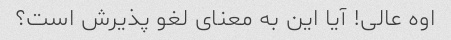
اوه عالی! آیا این به معنای لغو پذیرش است؟